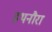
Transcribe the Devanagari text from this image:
हथनौरा